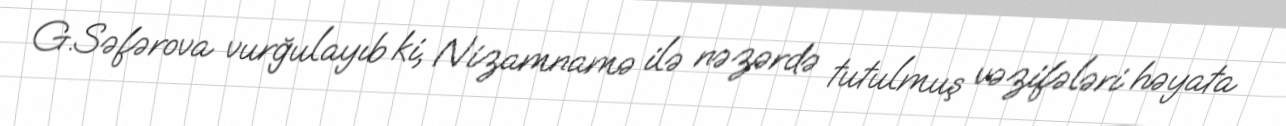
G.Səfərova vurğulayıb ki, Nizamnamə ilə nəzərdə tutulmuş vəzifələri həyata